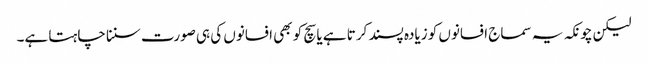
لیکن چونکہ یہ سماج افسانوں کو زیادہ پسند کرتا ہے یا سچ کو بھی افسانوں کی ہی صورت سننا چاہتا ہے۔